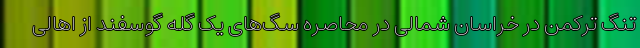
تنگ ترکمن در خراسان شمالی در محاصره سگ‌های یک گله گوسفند از اهالی